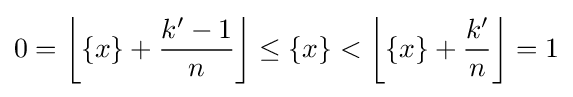
0=\left\lfloor \{x\}+{\frac {k'-1}{n}}\right\rfloor \leq \{x\}<\left\lfloor \{x\}+{\frac {k'}{n}}\right\rfloor =1